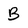
Character: B